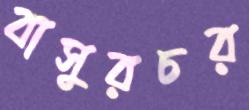
বাসুরচর